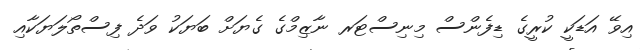
އިވޭ އަޑަކީ ކުރީގެ ޑިފެންސް މިނިސްޓަރ ނާޒިމްގެ ގެޔަށް ބަޔަކު ވަދެ ފިސްތޯލަޔަކާއި